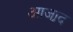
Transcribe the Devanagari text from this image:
आजा़द